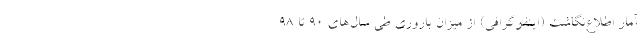
آمار اطلاع‌نگاشت (اینفوگرافی) از میزان باروری طی سال‌های ۹۰ تا ۹۸